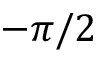
- \pi / 2